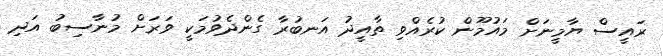
ރައީސް ޔާމީނަށް މައުމޫން ކުރެއްވި ތާއީދު އަނބުރާ ގެންދެވުމަކީ ވަރަށް މުނާސިބު އަދި